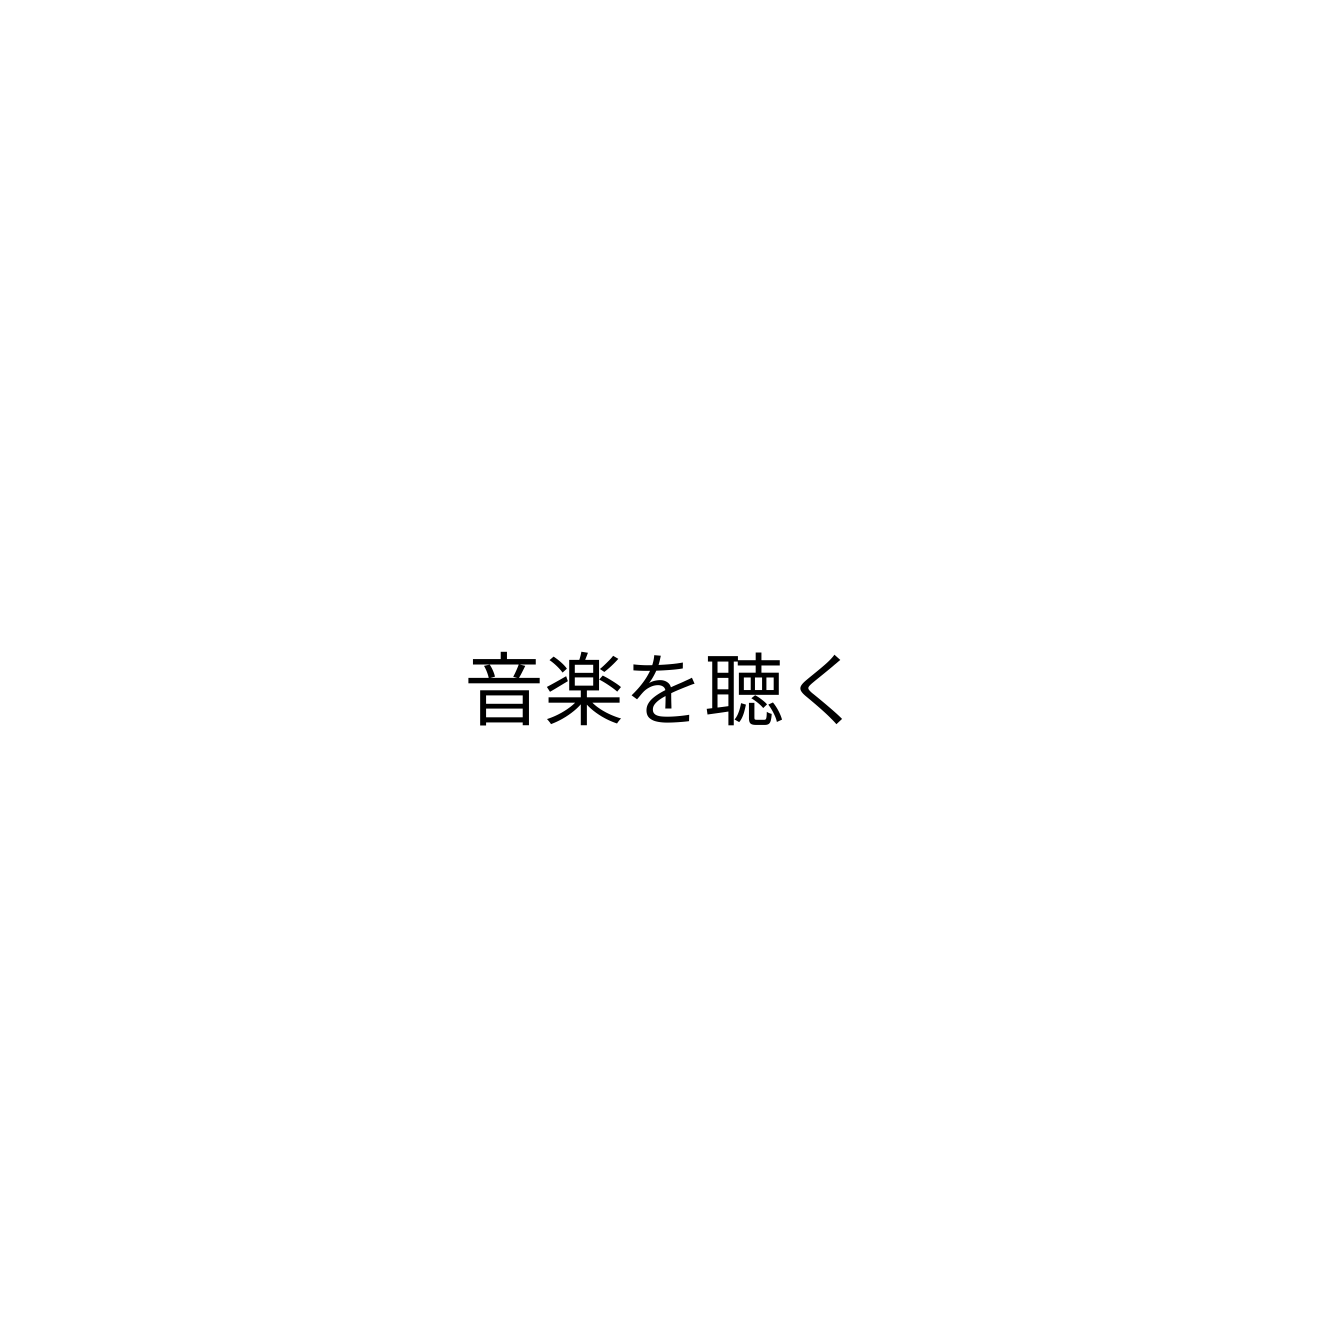
音楽を聴く